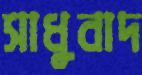
সাধুবাদ